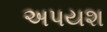
અપયશ